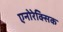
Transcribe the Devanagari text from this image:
एनोरेक्सिक